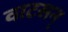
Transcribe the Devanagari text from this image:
वाटसन्